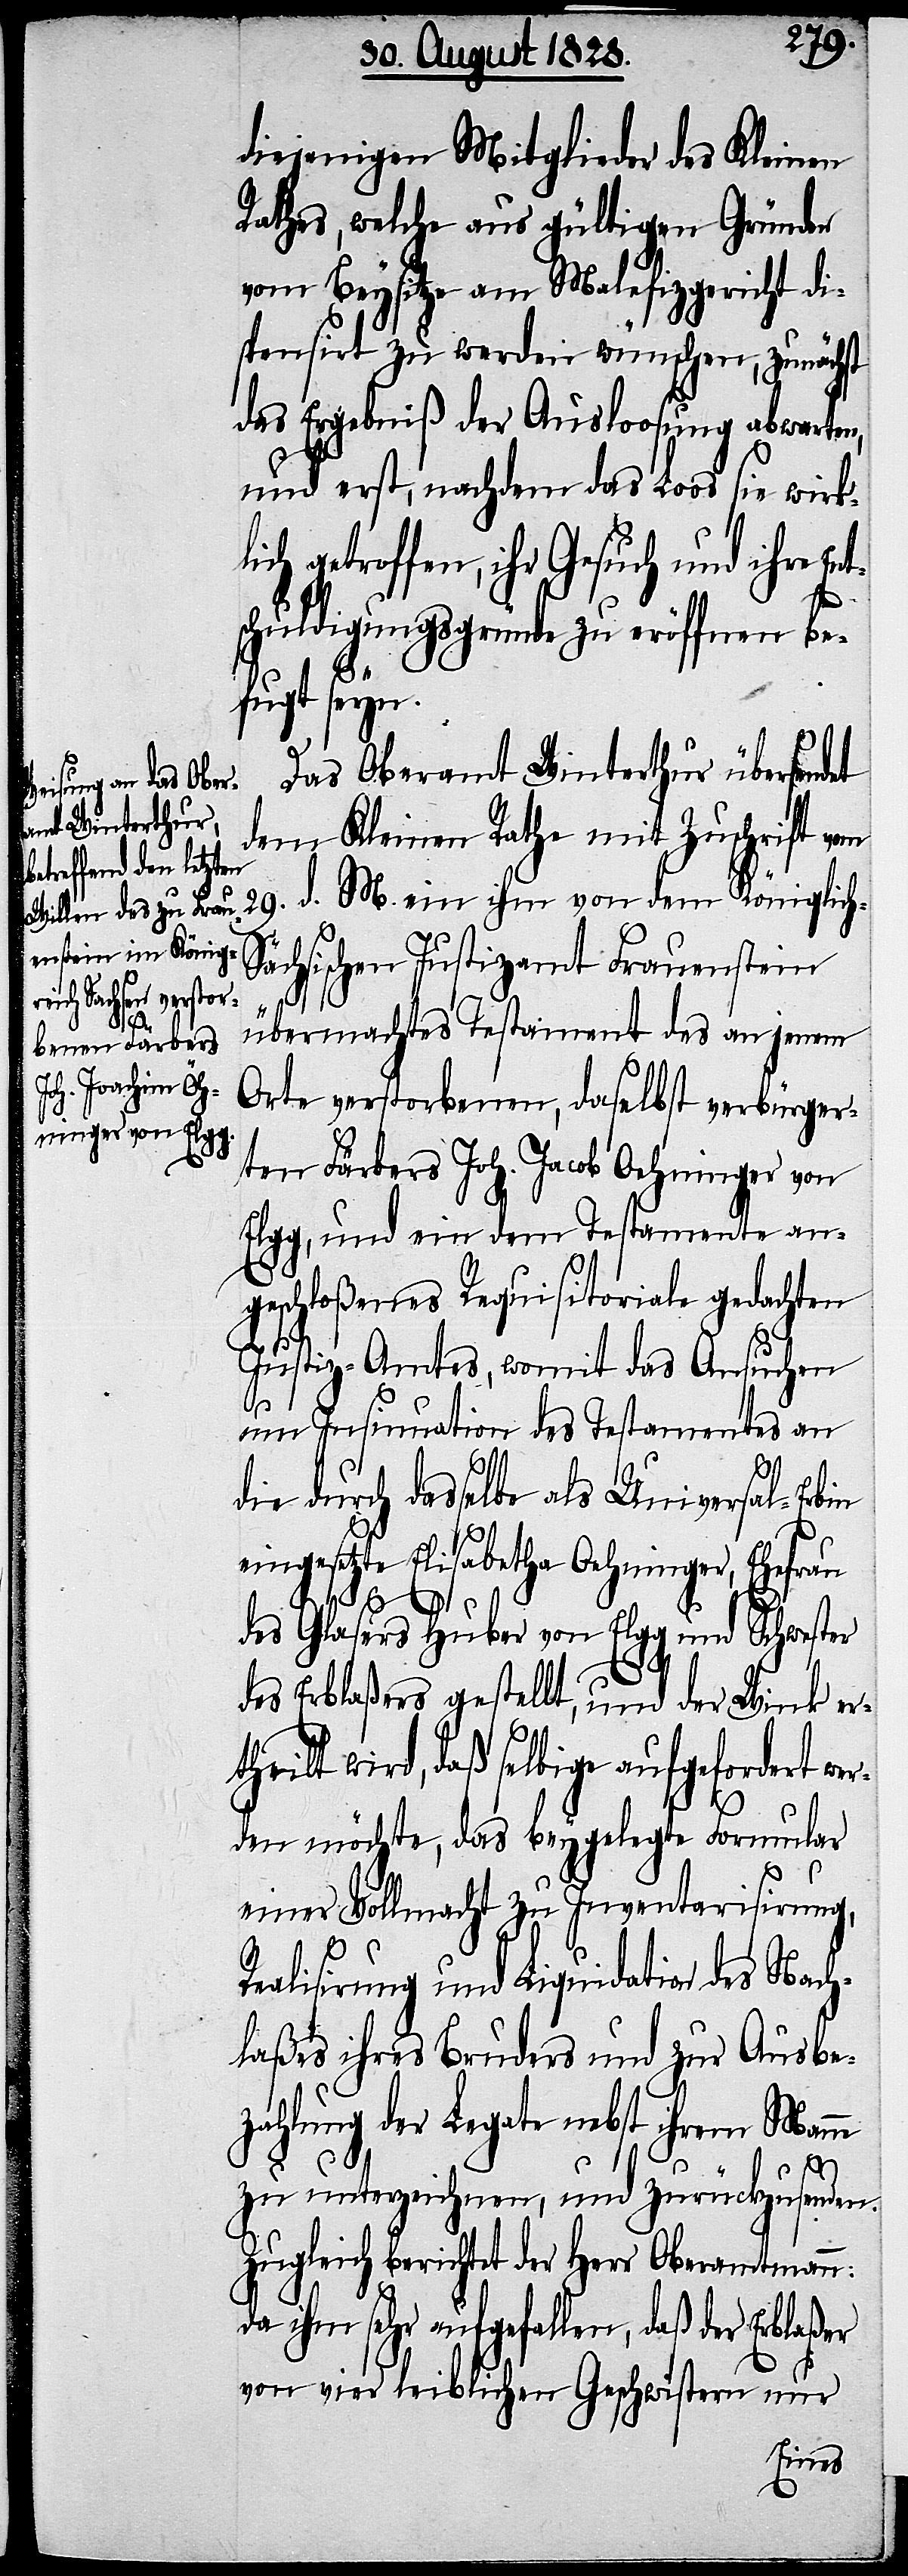
diejenigen Mitglieder des Kleinen
Rathes, welche aus gültigen Gründen
vom Beysitze am Malefizgericht di¬
spensirt zu werden wünschen, zunächst
das Ergebniß der Ausloosung abwarten,
und erst, nachdem das Loos sie wirkl¬
ich getroffen, ihr Gesuch und ihre
schuldigungsgründe zu eröffnen be¬
fugt seyn.
Das Oberamt Winterthur übersendet
dem Kleinen Rathe mit Zuschrift vom
ächsischen Justizamt Frauenstein
übermachtes Testament des an jenem
dem Königlich-S¬
Orte verstorbenen, daselbst verbürger¬
ten Färbers Joh. Jacob Oehninger von
Elgg, und ein dem Testamente an¬
geschloßenes Requisitoriale gedachten
Justiz-Amtes, womit das Ansuchen
um Insinuation des Testamentes an
die durch dasselbe als Universal-Erbin
eingesetzte Elisabetha Oehninger, Ehefrau
29. v. M.
des Glasers Huber von Elgg und Schwester
des Erblaßers gestellt, und der Wink ert¬
heilt wird, daß selbige aufgefordert
den möchte, das beygelegte Formular
n:
einer Vollmacht zu Inventarisirung,
Realisirung und Liquidation des Nach¬
laßes ihres Bruders und zur Ausbe¬
zahlung der Legate nebst ihrem Man¬
ne
zu unterzeichnen, und zurückzusenden.
Zugleich berichtet der Herr Oberamtman¬
da ihm sehr aufgefallen, daß der Erblaßer
von vier leiblichen Geschwistern nur